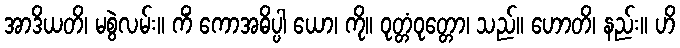
အာဒိယတိ၊ မစွဲလမ်း။ ကိံ ကောအဓိပ္ပါ ယော၊ ကို။ ဝုတ္တံဝုတ္တော၊ သည်။ ဟောတိ၊ နည်း။ ဟိ